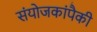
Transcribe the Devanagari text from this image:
संयोजकांपैकी